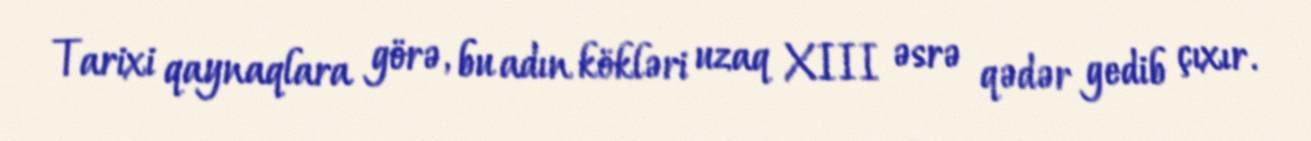
Tarixi qaynaqlara görə, bu adın kökləri uzaq XIII əsrə qədər gedib çıxır.